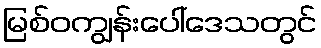
မြစ်ဝကျွန်းပေါ်ဒေသတွင်